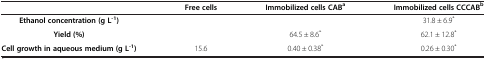
<table><thead><tr><td>[EMPTY_CELL]</td><td><b>Free cells</b></td><td><b>Immobilized cells CAB<sup>a</sup></b></td><td><b>Immobilized cells CCCAB<sup>b</sup></b></td></tr></thead><tbody><tr><td><b>Ethanol concentration (g L</b><sup><b>-1</b></sup><b>)</b></td><td>[EMPTY_CELL]</td><td>[EMPTY_CELL]</td><td>31.8 ± 6.9<sup>*</sup></td></tr><tr><td><b>Yield (%)</b></td><td>[EMPTY_CELL]</td><td>64.5 ± 8.6<sup>*</sup></td><td>62.1 ± 12.8<sup>*</sup></td></tr><tr><td><b>Cell growth in aqueous medium (g L</b><sup><b>-1</b></sup><b>)</b></td><td>15.6</td><td>0.40 ± 0.38<sup>*</sup></td><td>0.26 ± 0.30<sup>*</sup></td></tr></tbody></table>